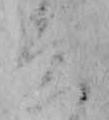
ゑ